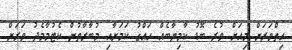
ހިތްވަރަށް މިއަށް ވުރެ ބޮޑު ކާމިޔާބެއް ހައްގު ކަމަށާއި މުބާރާތުން ކެޓުމާމެދު ވަރަށް